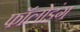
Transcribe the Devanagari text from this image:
फॉलोइंग